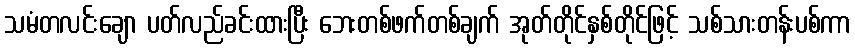
သမံတလင်းချော ပတ်လည်ခင်းထားပြီး ဘေးတစ်ဖက်တစ်ချက် အုတ်တိုင်နှစ်တိုင်ဖြင့် သစ်သားတန်းပစ်ကာ